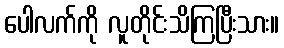
ပေါလက်ကို လူတိုင်းသိကြပြီးသား။